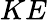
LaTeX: KE